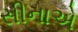
સીનાએ